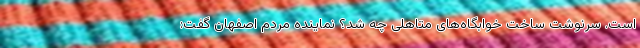
است. سرنوشت ساخت خوابگاه‌های متاهلی چه شد؟ نماینده مردم اصفهان گفت: